Scientific memoirs by medical officers of the Army of India - Part X,
Year: 1897
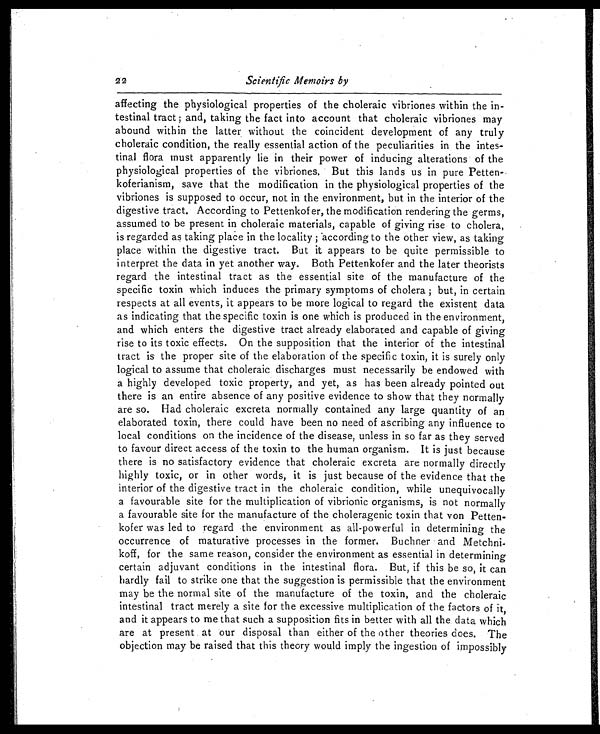
22
Scientific Memoirs by
affecting the physiological properties of the choleraic vibriones within the in-
testinal tract ; and, taking the fact into account that choleraic vibriones may
abound within the latter without the coincident development of any truly
choleraic condition, the really essential action of the peculiarities in the intes-
tinal flora must apparently lie in their power of inducing alterations of the
physiological properties of the vibriones. But this lands us in pure Petten-
koferianism, save that the modification in the physiological properties of the
vibriones is supposed to occur, not in the environment, but in the interior of the
digestive tract. According to Pettenkofer, the modification rendering the germs,
assumed to be present in choleraic materials, capable of giving rise to cholera,
is regarded as taking place in the locality ; according to the other view, as taking
place within the digestive tract. But it appears to be quite permissible to
interpret the data in yet another way. Both Pettenkofer and the later theorists
regard the intestinal tract as the essential site of the manufacture of the
specific toxin which induces the primary symptoms of cholera ; but, in certain
respects at all events, it appears to be more logical to regard the existent data
as indicating that the specific toxin is one which is produced in the environment,
and which enters the digestive tract already elaborated and capable of giving
rise to its toxic effects. On the supposition that the interior of the intestinal
tract is the proper site of the elaboration of the specific toxin, it is surely only
logical to assume that choleraic discharges must necessarily be endowed with
a highly developed toxic property, and yet, as has been already pointed out
there is an entire absence of any positive evidence to show that they normally
are so. Had choleraic excreta normally contained any large quantity of an
elaborated toxin, there could have been no need of ascribing any influence to
local conditions on the incidence of the disease, unless in so far as they served
to favour direct access of the toxin to the human organism. It is just because
there is no satisfactory evidence that choleraic excreta are normally directly
highly toxic, or in other words, it is just because of the evidence that the
interior of the digestive tract in the choleraic condition, while unequivocally
a favourable site for the multiplication of vibrionic organisms, is not normally
a favourable site for the manufacture of the choleragenic toxin that von Petten-
kofer was led to regard the environment as all-powerful in determining the
occurrence of maturative processes in the former. Buchner and Metchni-
koff, for the same reason, consider the environment as essential in determining
certain adjuvant conditions in the intestinal flora. But, if this be so, it can
hardly fail to strike one that the suggestion is permissible that the environment
may be the normal site of the manufacture of the toxin, and the choleraic
intestinal tract merely a site for the excessive multiplication of the factors of it,
and it appears to me that such a supposition fits in better with all the data which
are at present at our disposal than either of the other theories does. The
objection may be raised that this theory would imply the ingestion of impossibly